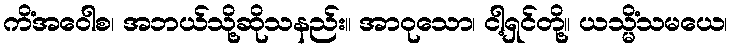
ကိံအဝေါစ၊ အဘယ်သို့ဆိုသနည်း။ အာဝုသော၊ ငါ့ရှင်တို့။ ယသ္မိံသမယေ၊